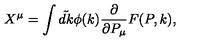
X ^ { \mu } = \int \tilde { d k } \phi ( k ) { \frac { \partial } { { \partial P _ { \mu } } } } F ( P , k ) ,